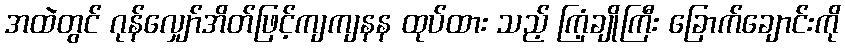
အထဲတွင် ဂုန်လျှော်အိတ်ဖြင့်ကျကျနန ထုပ်ထား သည့် ကြံ့ချိုကြီး ခြောက်ချောင်းကို